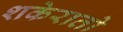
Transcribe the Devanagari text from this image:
शकेरातो